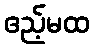
ဧည့်မထ